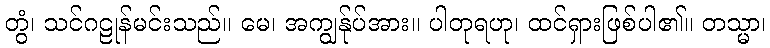
တွံ၊ သင်ဂဠုန်မင်းသည်။ မေ၊ အကျွန်ုပ်အား။ ပါတုရဟု၊ ထင်ရှားဖြစ်ပါ၏။ တသ္မာ၊